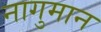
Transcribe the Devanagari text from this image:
नागुमान